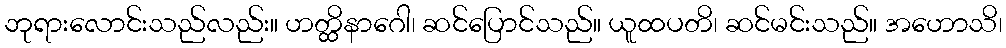
ဘုရားလောင်းသည်လည်း။ ဟတ္ထိနာဂေါ၊ ဆင်ပြောင်သည်။ ယူထပတိ၊ ဆင်မင်းသည်။ အဟောသိ၊